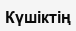
Күшіктің